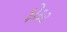
ફોકટ